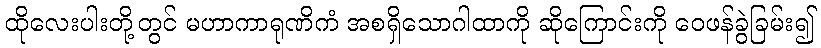
ထိုလေးပါးတို့တွင် မဟာကာရုဏိကံ အစရှိသောဂါထာကို ဆိုကြောင်းကို ဝေဖန်ခွဲခြမ်း၍